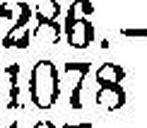
1078